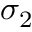
\sigma _ { 2 }